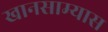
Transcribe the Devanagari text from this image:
खानसाम्यास